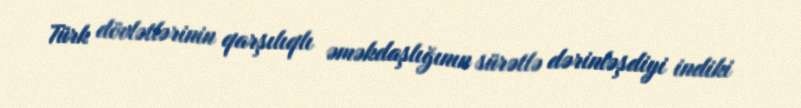
Türk dövlətlərinin qarşılıqlı əməkdaşlığının sürətlə dərinləşdiyi indiki